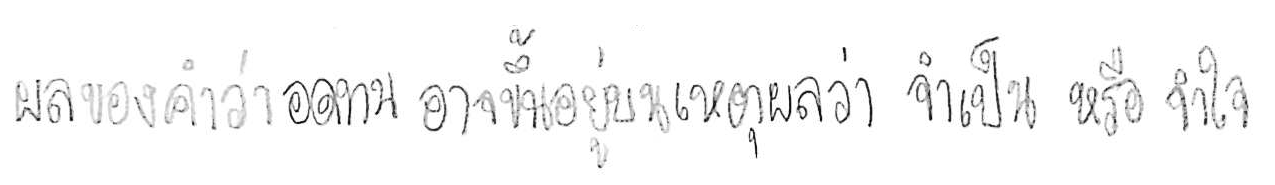
ผลของคำว่า อดทน อาจขึ้นอยู่บนเหตุผลว่า จำเป็น หรือ จำใจ